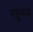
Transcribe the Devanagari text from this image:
महूमध्ये